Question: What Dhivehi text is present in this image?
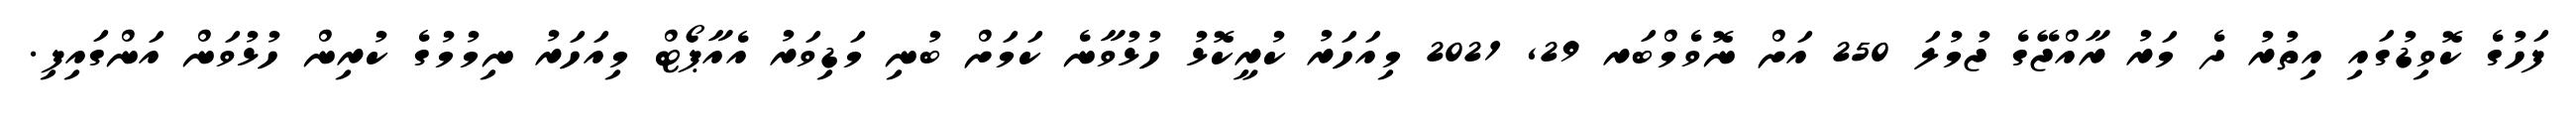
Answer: ފަހުގެ ކޮވިޑުގައި އިތުރު ދެ މަރު ރާއްޖޭގެ ޖުމުލަ 250 އަށް ނޮވެމްބަރ 29, 2021 މިއަހަރު ކުރީކޮޅު ހުޅުވާނެ ކަމަށް ބުނި މަޑިވަރު އެއާޕޯޓް މިއަހަރު ނިމުމުގެ ކުރިން ހުޅުވަން އަންގައިފި.